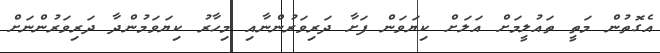
އެގޮތުން މަތީ ތައުލީމަށް އަލަށް ކިޔަވަން ފަށާ ދަރިވަރުންނާއި މިހާރު ކިޔަވަމުންދާ ދަރިވަރުންނަށް